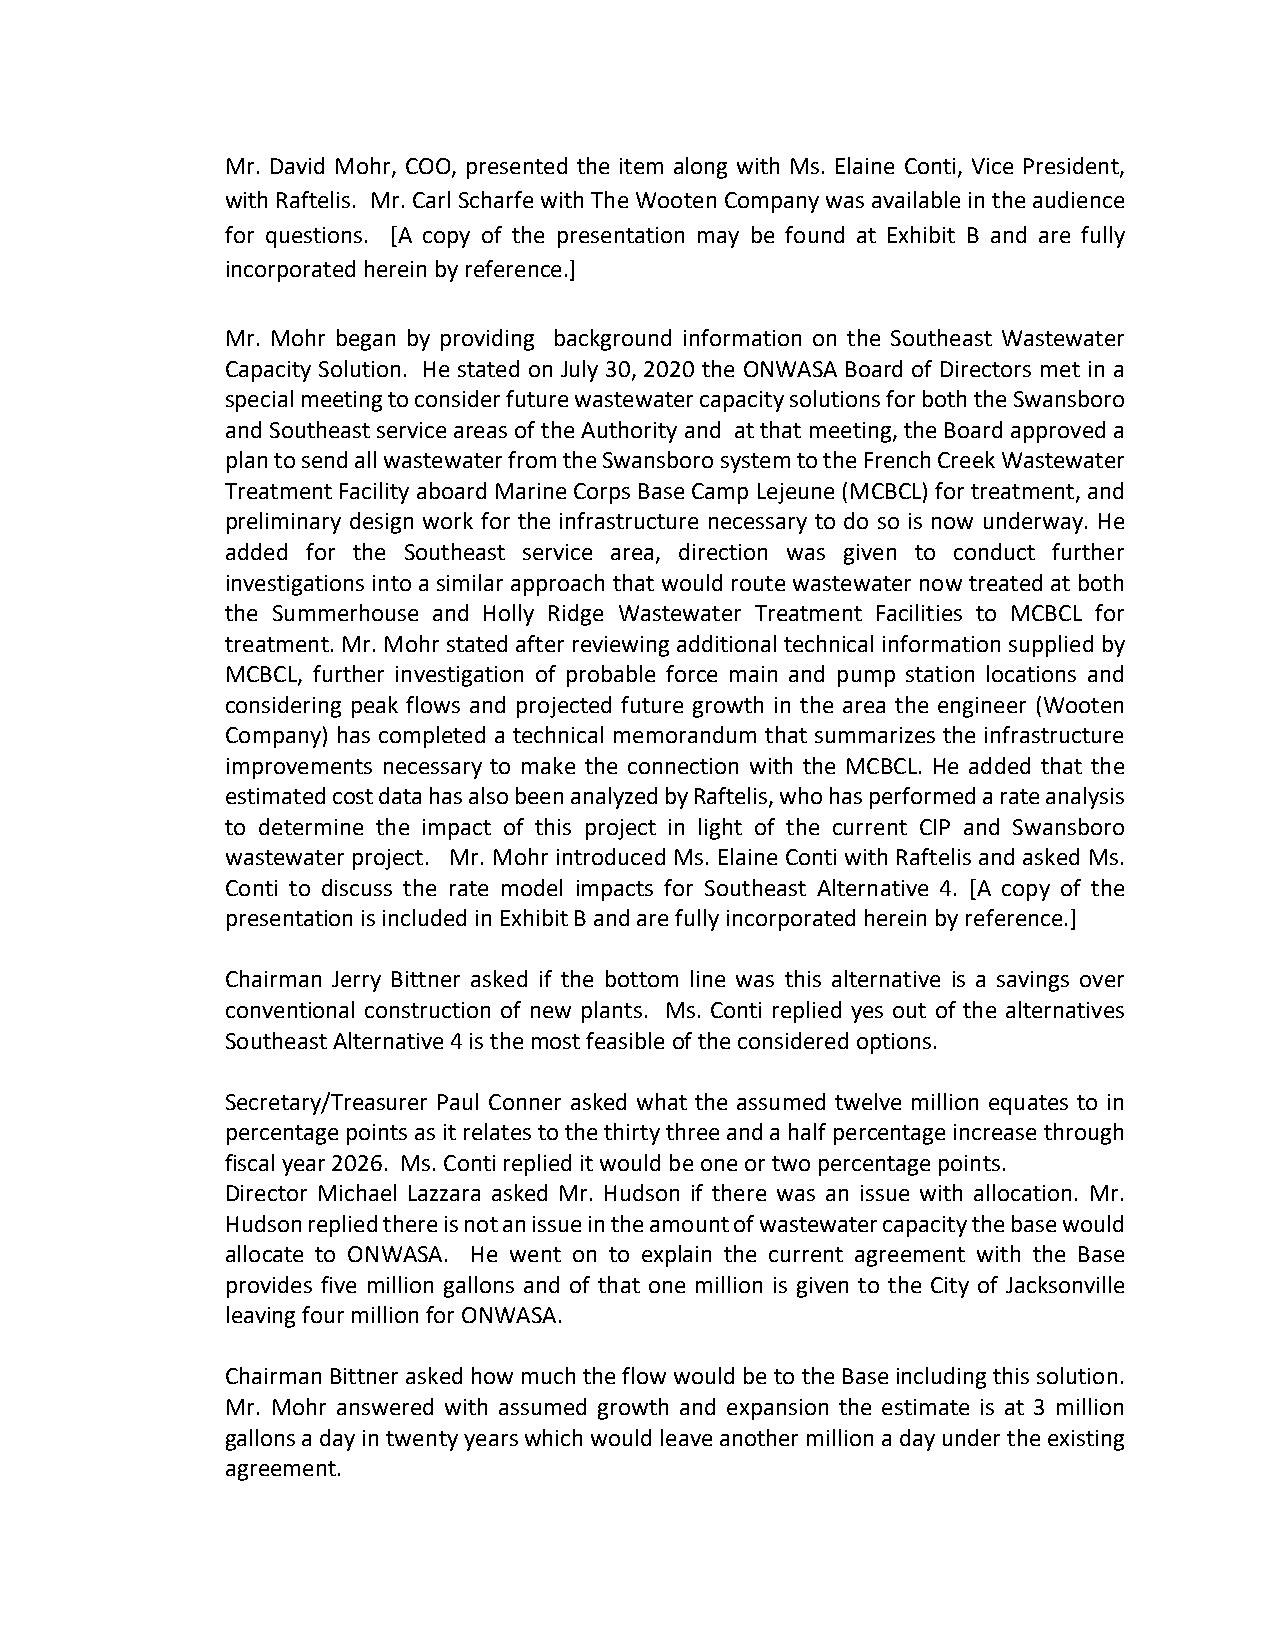
Mr. David Mohr, COO, presented the item along with Ms. Elaine Conti, Vice President,
 with Raftelis. Mr. Carl Scharfe with The Wooten Company was available in the audience
 for questions. [A copy of the presentation may be found at Exhibit B and are fully
 incorporated herein by reference.]
 Mr. Mohr began by providing background information on the Southeast Wastewater
 Capacity Solution. He stated on July 30, 2020 the ONWASA Board of Directors met in a
 special meeting to consider future wastewater capacity solutions for both the Swansboro
 and Southeast service areas of the Authority and at that meeting, the Board approved a
 plan to send all wastewater from the Swansboro system to the French Creek Wastewater
 Treatment Facility aboard Marine Corps Base Camp Lejeune (MCBCL) for treatment, and
 preliminary design work for the infrastructure necessary to do so is now underway. He
 added for the Southeast service area, direction was given to conduct further
 investigations into a similar approach that would route wastewater now treated at both
 the Summerhouse and Holly Ridge Wastewater Treatment Facilities to MCBCL for
 treatment. Mr. Mohr stated after reviewing additional technical information supplied by
 MCBCL, further investigation of probable force main and pump station locations and
 considering peak flows and projected future growth in the area the engineer (Wooten
 Company) has completed a technical memorandum that summarizes the infrastructure
 improvements necessary to make the connection with the MCBCL. He added that the
 estimated cost data has also been analyzed by Raftelis, who has performed a rate analysis
 to determine the impact of this project in light of the current CIP and Swansboro
 wastewater project. Mr. Mohr introduced Ms. Elaine Conti with Raftelis and asked Ms.
 Conti to discuss the rate model impacts for Southeast Alternative 4. [A copy of the
 presentation is included in Exhibit B and are fully incorporated herein by reference.]
 Chairman Jerry Bittner asked if the bottom line was this alternative is a savings over
 conventional construction of new plants. Ms. Conti replied yes out of the alternatives
 Southeast Alternative 4 is the most feasible of the considered options.
 Secretary/Treasurer Paul Conner asked what the assumed twelve million equates to in
 percentage points as it relates to the thirty three and a half percentage increase through
 fiscal year 2026. Ms. Conti replied it would be one or two percentage points.
 Director Michael Lazzara asked Mr. Hudson if there was an issue with allocation. Mr.
 Hudson replied there is not an issue in the amount of wastewater capacity the base would
 allocate to ONWASA. He went on to explain the current agreement with the Base
 provides five million gallons and of that one million is given to the City of Jacksonville
 leaving four million for ONWASA.
 Chairman Bittner asked how much the flow would be to the Base including this solution.
 Mr. Mohr answered with assumed growth and expansion the estimate is at 3 million
 gallons a day in twenty years which would leave another million a day under the existing
 agreement.